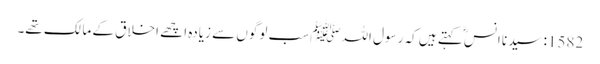
1582: سیدنا انسؓ کہتے ہیں کہ رسول اللہﷺ سب لوگوں سے زیادہ اچھے اخلاق کے مالک تھے۔